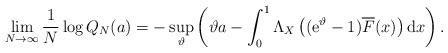
LaTeX: \begin{align*}\lim_{N\to\infty} \frac{1}{N}\log Q_N(a) = -\sup_\vartheta\left(\vartheta a - \int_0^1 \Lambda_X\left(({\rm e}^\vartheta-1) \overline F(x)\right){\rm d}x\right).\end{align*}